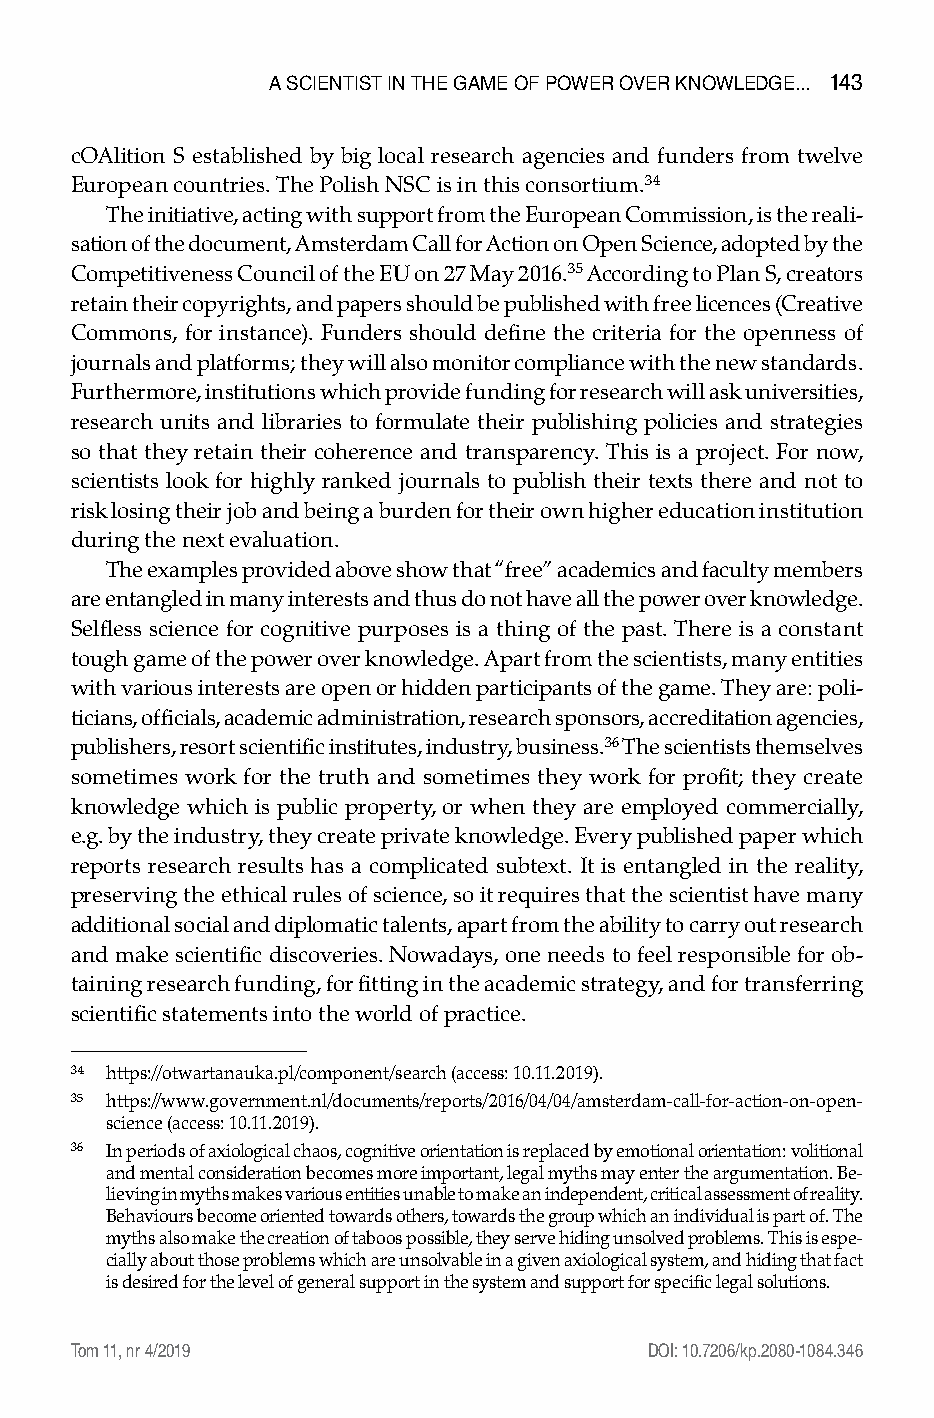
a scIEntIst In tHE GaME oF PoWER oVER knoWlEDGE... 143
 cOAlition S established by big local research agencies and funders from twelve
 European countries. The Polish NSC is in this consortium.34
 The initiative, acting with support from the European Commission, is the reali-
 sation of the document, Amsterdam Call for Action on Open Science, adopted by the
 Competitiveness Council of the EU on 27 May 2016.35 According to Plan S, creators
 retain their copyrights, and papers should be published with free licences (Creative
 Commons, for instance). Funders should define the criteria for the openness of
 journals and platforms; they will also monitor compliance with the new standards.
 Furthermore, institutions which provide funding for research will ask universities,
 research units and libraries to formulate their publishing policies and strategies
 so that they retain their coherence and transparency. This is a project. For now,
 scientists look for highly ranked journals to publish their texts there and not to
 risk losing their job and being a burden for their own higher education institution
 during the next evaluation.
 The examples provided above show that “free” academics and faculty members
 are entangled in many interests and thus do not have all the power over knowledge.
 Selfless science for cognitive purposes is a thing of the past. There is a constant
 tough game of the power over knowledge. Apart from the scientists, many entities
 with various interests are open or hidden participants of the game. They are: poli-
 ticians, officials, academic administration, research sponsors, accreditation agencies,
 publishers, resort scientific institutes, industry, business.36 The scientists themselves
 sometimes work for the truth and sometimes they work for profit; they create
 knowledge which is public property, or when they are employed commercially,
 e.g. by the industry, they create private knowledge. Every published paper which
 reports research results has a complicated subtext. It is entangled in the reality,
 preserving the ethical rules of science, so it requires that the scientist have many
 additional social and diplomatic talents, apart from the ability to carry out research
 and make scientific discoveries. Nowadays, one needs to feel responsible for ob-
 taining research funding, for fitting in the academic strategy, and for transferring
 scientific statements into the world of practice.
 34 https://otwartanauka.pl/component/search (access: 10.11.2019).
 35 https://www.government.nl/documents/reports/2016/04/04/amsterdam-call-for-action-on-open-
 science (access: 10.11.2019).
 36 In periods of axiological chaos, cognitive orientation is replaced by emotional orientation: volitional
 and mental consideration becomes more important, legal myths may enter the argumentation. Be-
 lieving in myths makes various entities unable to make an independent, critical assessment of reality.
 Behaviours become oriented towards others, towards the group which an individual is part of. The
 myths also make the creation of taboos possible, they serve hiding unsolved problems. This is espe-
 cially about those problems which are unsolvable in a given axiological system, and hiding that fact
 is desired for the level of general support in the system and support for specific legal solutions.
 Tom 11, nr 4/2019                      DOI: 10.7206/kp.2080-1084.346